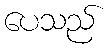
ပေသည်